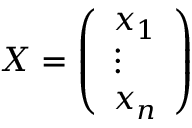
X = { \left( \begin{array} { l } { x _ { 1 } } \\ { \vdots } \\ { x _ { n } } \end{array} \right) } \quad